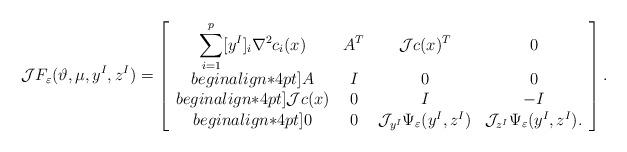
LaTeX: \begin{align*}{\cal J}F_\varepsilon(\vartheta,\mu,y^I,z^I)=\left[\begin{array}{cccc}\displaystyle \sum_{i=1}^p [y^I]_i\nabla^2c_i(x) & A^T & {\cal J}c(x)^T & 0\\begin{align*}4pt]A & I & 0 &0\\begin{align*}4pt]{\cal J}c(x) & 0 &I &-I\\begin{align*}4pt]0 & 0 & {\cal J}_{y^I}\Psi_{\varepsilon}(y^I,z^I) & {\cal J}_{z^I}\Psi_{\varepsilon}(y^I,z^I).\end{array}\right].\end{align*}